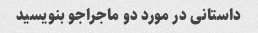
داستانی در مورد دو ماجراجو بنویسید